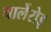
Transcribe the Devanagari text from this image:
चार्लेरोइ